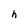
Character: h